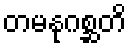
တမနုဂစ္ဆတိ